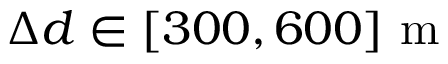
\Delta d \in [ 3 0 0 , 6 0 0 ] ~ \mathrm { m }